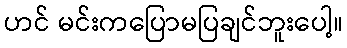
ဟင် မင်းကပြောမပြချင်ဘူးပေါ့။